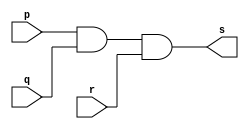
// ------------------------- 
// Exercicio0008 - AND 
// Nome: Gabriel Luiz M. G. Vieira 
// ------------------------- 
// ------------------------- 
// -- and gate 
// ------------------------- 
module andgate ( output s, 
input p, 
input q,
input r); 
assign s = p & q & r; 
endmodule // andgate 
// --------------------- 
// -- test and gate 
// --------------------- 
module testandgate; 
// ------------------------- dados locais 
reg a, b ,c; // definir registradores 
wire s; // definir conexao (fio) 
// ------------------------- instancia 
andgate AND1 (s, a, b, c); 
// ------------------------- preparacao 
initial begin:start 
// atribuicao simultanea 
// dos valores iniciais 
a=0; b=0; c=0; 
end 
// ------------------------- parte principal 
initial begin 
$display("Exercicio0008 - Gabriel Luiz M. G. Vieira - 441691"); 
$display("Test AND gate"); 
$display("\na & b & c = s\n");
$monitor("%b & %b & %b = %b", a, b, c, s); 
#1a=0; b=0; c=0; 
#1a=0; b=0; c=1;
#1a=0; b=1; c=0;
#1a=0; b=1; c=1;
#1a=1; b=0; c=0; 
#1a=1; b=0; c=1;
#1a=1; b=1; c=0;
#1a=1; b=1; c=1;

end 
endmodule // testandgate